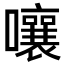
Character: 嚷